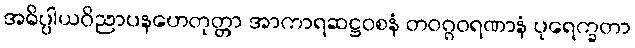
အဓိပ္ပါယဝိညာပနဟေတုတ္တာ အာကာရဆဋ္ဌဝစနံ တဝဂ္ဂဝရဏာနံ ပုရေက္ခတာ